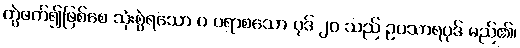
တွဲဖက်၍ဖြစ်စေ သုံးစွဲရသော ပ ပရာစသော ပုဒ် ၂၀ သည် ဥပသာရပုဒ် မည်၏၊